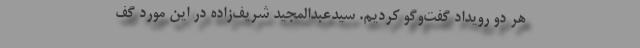
هر دو رویداد گفت‌وگو کردیم. سیدعبدالمجید شریف‌زاده در این مورد گف